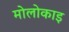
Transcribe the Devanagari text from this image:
मोलोकाइ